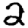
Digit: 2